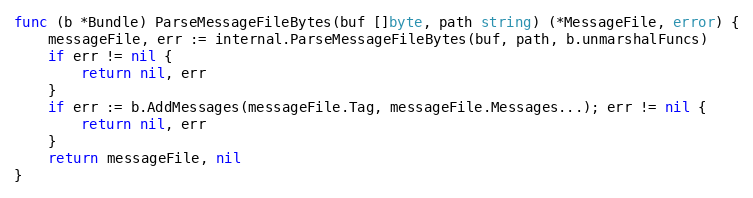
Language: Go
func (b *Bundle) ParseMessageFileBytes(buf []byte, path string) (*MessageFile, error) {
	messageFile, err := internal.ParseMessageFileBytes(buf, path, b.unmarshalFuncs)
	if err != nil {
		return nil, err
	}
	if err := b.AddMessages(messageFile.Tag, messageFile.Messages...); err != nil {
		return nil, err
	}
	return messageFile, nil
}